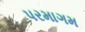
પરમાગમ